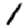
Digit: 1